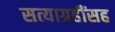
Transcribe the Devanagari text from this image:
सत्याग्रहींसह